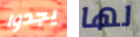
يجدوا لها